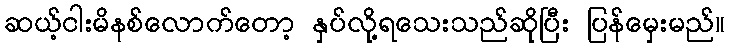
ဆယ့်ငါးမိနစ်လောက်တော့ နှပ်လို့ရသေးသည်ဆိုပြီး ပြန်မှေးမည်။